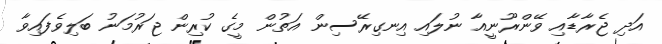
އަދި ޖެރާޑާއި ވޭންރޫނީއާ ނުލައި އިނގިރޭސިން އަތުން މީގެ ކުރިން ޖަރުމަނު ބަލިވެފައިވާ